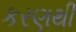
કરણથી